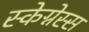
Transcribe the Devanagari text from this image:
स्केग्नेस्स